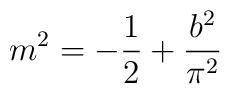
m^2 = -\frac{1}{2} +\frac{b^2}{\pi^2}